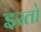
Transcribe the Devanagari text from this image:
इस्तो